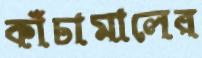
কাঁচামালের